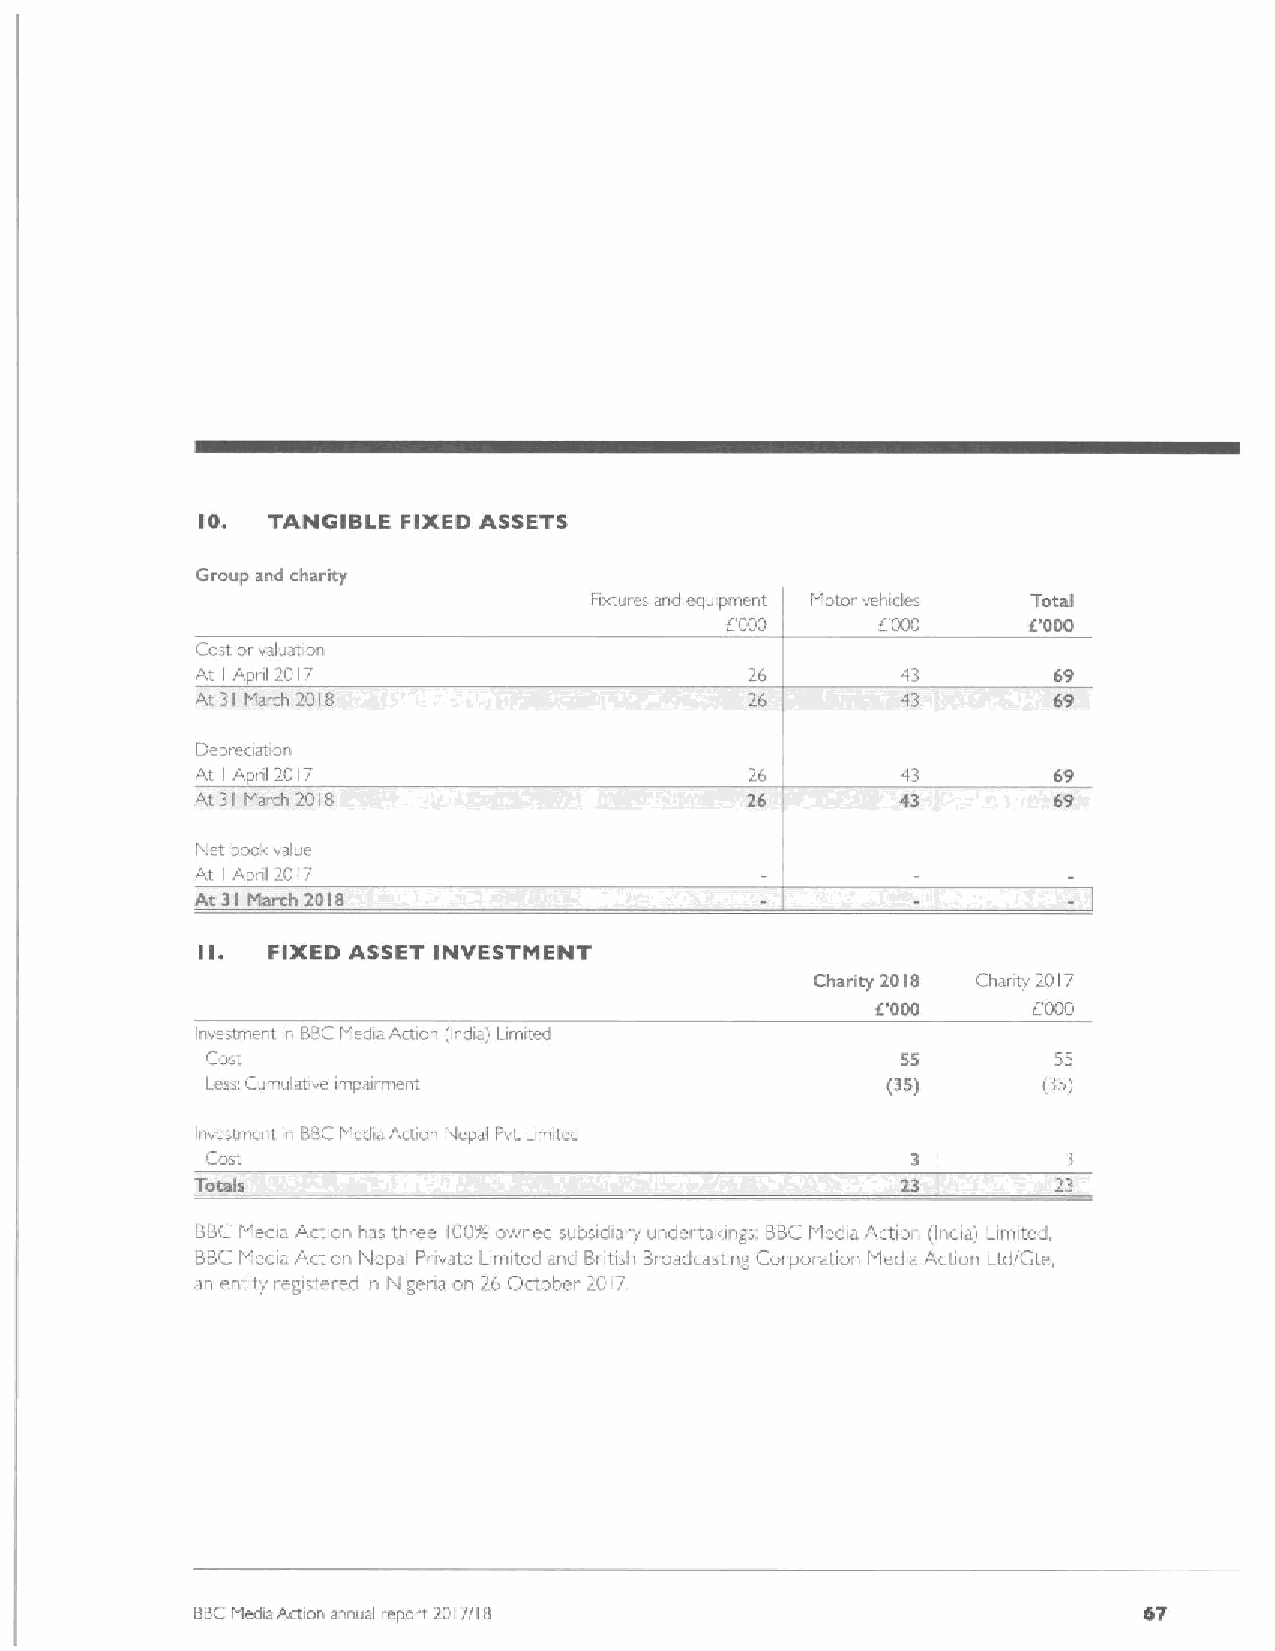
IO.  TANGIBLE FIXED ASSETS
 Group and charity
 Fixtures and equipment Motor vehicles Total
 6000      8000      i?000
 Cost orvaluation
 At Apnl 2017                                             69
 I
 At 31 March 2018                     26        43
 De pi aclatl oil
 At I Api il 2017                     26                  69
 At 31 March 2018                     26        43        69
 Net book value
 At Apn(2017
 I
 At 3I lviarch 2018
 II.  FIXED ASSET INVESTMENT
 Charity 2018 Chanty 2017
 6'000     6000
 Investment in BBCI'ledia Action (india) Limited
 Cost                                          55        55
 Less Cumulatae impairment                    (35)      (35)
 Investment in BBCMedia Action Nepal Pvt. Limited
 Cost.
 Totals                                         13        23
 BBCMedia Action has three 100%owned subside ry undertakings. BBCMedia Action (India) Limited,
 BBCMedia Action Nepal Pnvate Limited and British Broadcasting Corporation Media Action Ltd/Gte,
 an entity registered in Nigeria on 26 C/ctobe 2017
 BBCMedia Action annual report?017/! 8